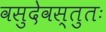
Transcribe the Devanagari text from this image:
वसुदेवस्तुतः